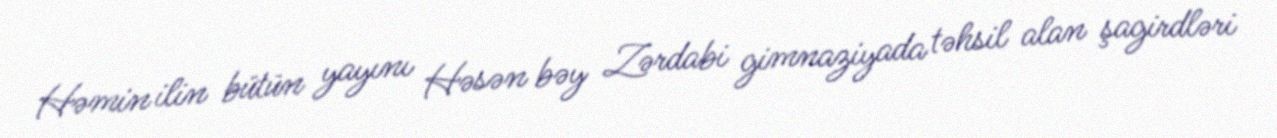
Həmin ilin bütün yayını Həsən bəy Zərdabi gimnaziyada təhsil alan şagirdləri